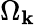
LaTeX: \Omega_{\mathbf{k}}